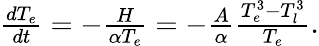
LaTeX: \begin{array}{r}{\frac{dT_{e}}{dt}=-\frac{H}{\alpha T_{e}}=-\frac{A}{\alpha}\frac{T_{e}^{3}-T_{l}^{3}}{T_{e}}.}\end{array}